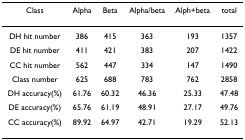
<table><thead><tr><td><b>Class</b></td><td><b>Alpha</b></td><td><b>Beta</b></td><td><b>Alpha/beta</b></td><td><b>Alph+beta</b></td><td><b>total</b></td></tr></thead><tbody><tr><td>DH hit number</td><td>386</td><td>415</td><td>363</td><td>193</td><td>1357</td></tr><tr><td>DE hit number</td><td>411</td><td>421</td><td>383</td><td>207</td><td>1422</td></tr><tr><td>CC hit number</td><td>562</td><td>447</td><td>334</td><td>147</td><td>1490</td></tr><tr><td>Class number</td><td>625</td><td>688</td><td>783</td><td>762</td><td>2858</td></tr><tr><td>DH accuracy(%)</td><td>61.76</td><td>60.32</td><td>46.36</td><td>25.33</td><td>47.48</td></tr><tr><td>DE accuracy(%)</td><td>65.76</td><td>61.19</td><td>48.91</td><td>27.17</td><td>49.76</td></tr><tr><td>CC accuracy(%)</td><td>89.92</td><td>64.97</td><td>42.71</td><td>19.29</td><td>52.13</td></tr></tbody></table>